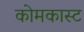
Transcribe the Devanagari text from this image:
कोमकास्ट